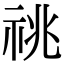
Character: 祧